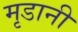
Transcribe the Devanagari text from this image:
मृडानी